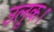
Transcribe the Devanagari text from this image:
उलूक।